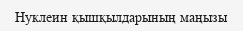
Нуклеин қышқылдарының маңызы